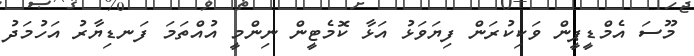
މޫސަ އެމްޑީޕީން ވަކިކުރަން ފިޔަވަޅު އަޅާ ކޮމެޓީން ނިންމީ އުއްތަމަ ފަނޑިޔާރު އަހުމަދު